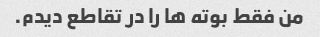
من فقط بوته ها را در تقاطع دیدم.